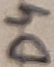
Text: D4